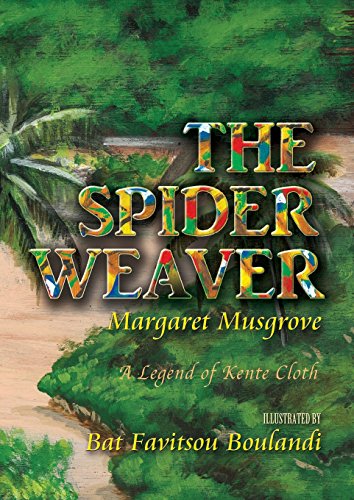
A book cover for The Spider Weaver: A Legend of Kente Cloth; Margaret Musgrove; Children's Books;